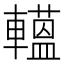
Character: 𨎽